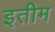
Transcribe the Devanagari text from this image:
इतीम